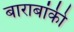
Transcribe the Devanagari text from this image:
बाराबांकी